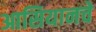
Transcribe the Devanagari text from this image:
आसियानचे